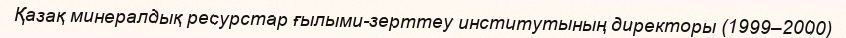
Қазақ минералдық ресурстар ғылыми-зерттеу институтының директоры (1999–2000)